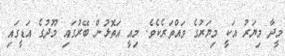
މީދާ މިޔަރު އަކީ މިޔަރުގެ ވައްތަރެކެވެ. މިއީ އަތޮޅުން ބޭރުގައި މޫދުގެ އަޑީގައި